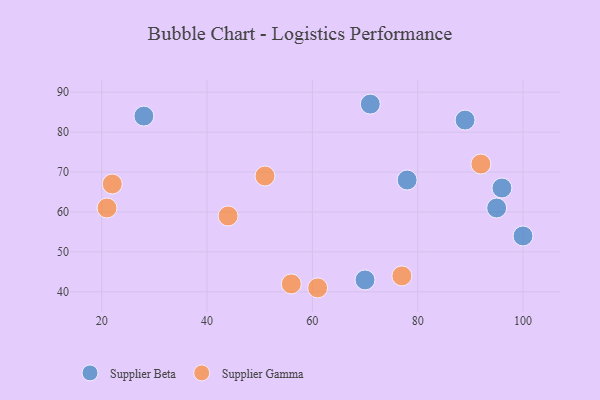
{"axis": {"x": "GDP", "y": "Life Expectancy"}, "legend": ["Supplier Beta", "Supplier Gamma"], "data": [{"x": "71", "y": 87, "type": "Supplier Beta"}, {"x": "100", "y": 54, "type": "Supplier Beta"}, {"x": "78", "y": 68, "type": "Supplier Beta"}, {"x": "95", "y": 61, "type": "Supplier Beta"}, {"x": "28", "y": 84, "type": "Supplier Beta"}, {"x": "70", "y": 43, "type": "Supplier Beta"}, {"x": "96", "y": 66, "type": "Supplier Beta"}, {"x": "89", "y": 83, "type": "Supplier Beta"}, {"x": "77", "y": 44, "type": "Supplier Gamma"}, {"x": "61", "y": 41, "type": "Supplier Gamma"}, {"x": "21", "y": 61, "type": "Supplier Gamma"}, {"x": "56", "y": 42, "type": "Supplier Gamma"}, {"x": "44", "y": 59, "type": "Supplier Gamma"}, {"x": "22", "y": 67, "type": "Supplier Gamma"}, {"x": "51", "y": 69, "type": "Supplier Gamma"}, {"x": "92", "y": 72, "type": "Supplier Gamma"}]}